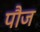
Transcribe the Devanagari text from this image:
पौज